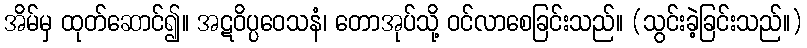
အိမ်မှ ထုတ်ဆောင်၍။ အဋဝိပ္ပဝေသနံ၊ တောအုပ်သို့ ဝင်လာစေခြင်းသည်။ (သွင်းခဲ့ခြင်းသည်။)